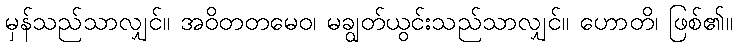
မှန်သည်သာလျှင်။ အဝိတတမေဝ၊ မချွတ်ယွင်းသည်သာလျှင်။ ဟောတိ၊ ဖြစ်၏။